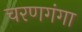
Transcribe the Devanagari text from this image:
चरणगंगा